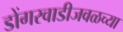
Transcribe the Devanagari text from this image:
डोंगरवाडीजवळच्या